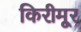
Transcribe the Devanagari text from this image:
किरीमूर